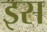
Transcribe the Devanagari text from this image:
इस